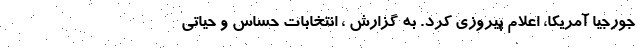
جورجیا آمریکا، اعلام پیروزی کرد. به گزارش ، انتخابات حساس و حیاتی